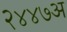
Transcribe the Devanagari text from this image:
२४४७अ